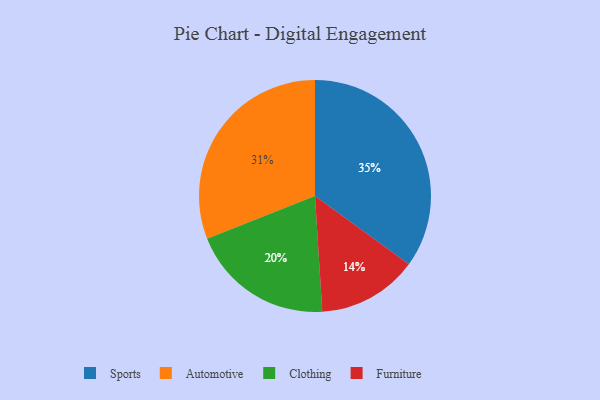
{"axis": {"x": "Category", "y": "Percentage"}, "legend": ["Automotive", "Clothing", "Furniture", "Sports"], "data": [{"x": "Automotive", "y": 31, "type": "Automotive"}, {"x": "Clothing", "y": 20, "type": "Clothing"}, {"x": "Furniture", "y": 14, "type": "Furniture"}, {"x": "Sports", "y": 35, "type": "Sports"}]}